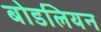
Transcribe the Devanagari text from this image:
बोडलियन